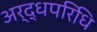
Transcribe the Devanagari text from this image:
अर्द्धपरिधि